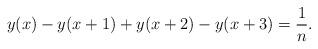
LaTeX: \begin{align*}y(x)-y(x+1)+y(x+2)-y(x+3)=\frac{1}{n}.\end{align*}